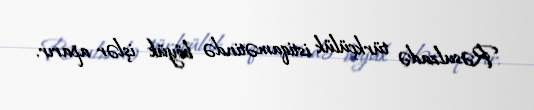
Rəsulzadə türkçülük istiqamətində böyük işlər aparır.